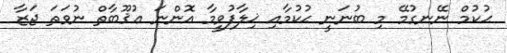
ޙުކުމް ނޭނގުމޭ މި ބުނަނީ ޙުކުމާއި ޚިލާފުވީމާ އޮންނަ ޢުޤޫބާތް ނުވަތަ ޖަޒާ